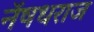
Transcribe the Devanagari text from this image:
नॅषधराज